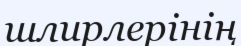
шлирлерінің